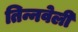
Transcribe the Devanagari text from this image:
तिन्नवेली